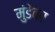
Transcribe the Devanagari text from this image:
मुंडेंवर